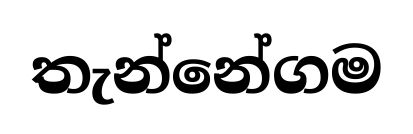
තැන්නේගම